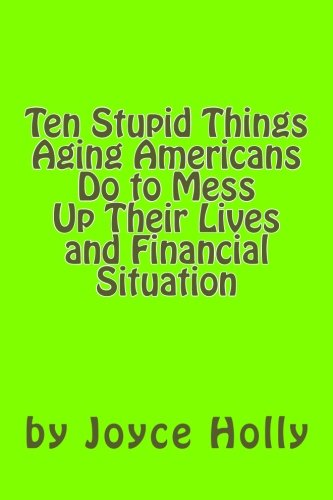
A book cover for Ten Stupid Things Aging Americans Do to Mess Up Their Lives and Financial Situat (Realities of Aging) (Volume 1); Joyce Holly; Law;